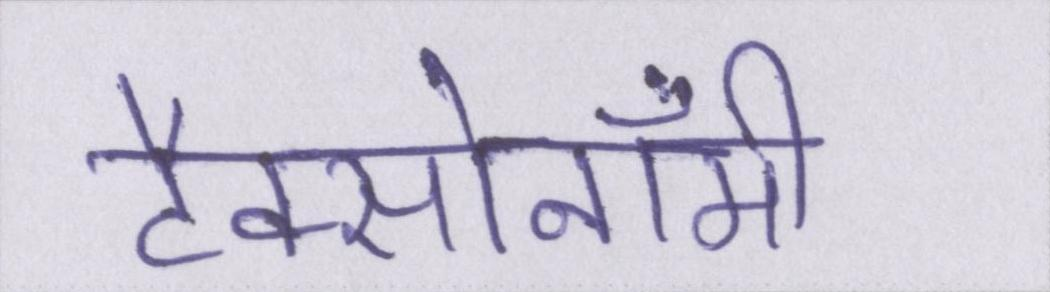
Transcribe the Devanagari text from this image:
टैक्सोनॉमी